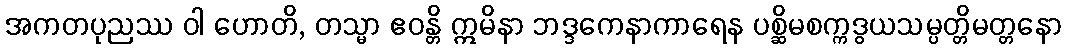
အကတပုညဿ ဝါ ဟောတိ, တသ္မာ ဧဝန္တိ ဣမိနာ ဘဒ္ဒကေနာကာရေန ပစ္ဆိမစက္ကဒွယသမ္ပတ္တိမတ္တနော